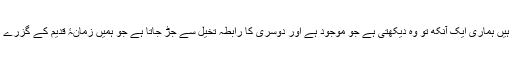
ہم جب بھی کسی تاریخی جگہ کو دیکھنے جاتے ہیں ہماری ایک آنکھ تو وہ دیکھتی ہے جو موجود ہے اور دوسری کا رابطہ تخیل سے جڑ جاتا ہے جو ہمیں زمانۂ قدیم کے گزرے ہوئے لمحات کو تصور کرنے میں مدد دیتی ہے۔